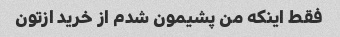
فقط اینکه من پشیمون شدم از خرید ازتون